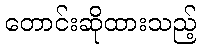
တောင်းဆိုထားသည့်